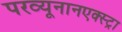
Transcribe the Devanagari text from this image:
परव्यूनानएक्स्ट्रा